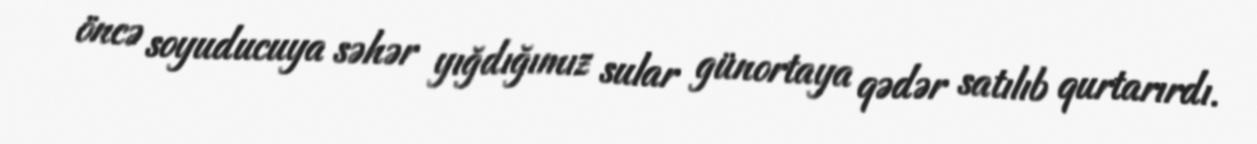
öncə soyuducuya səhər yığdığımız sular günortaya qədər satılıb qurtarırdı.